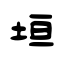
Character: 垣